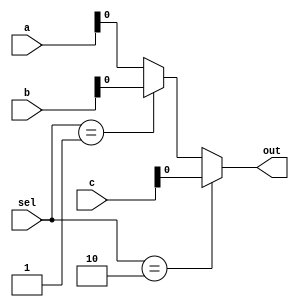
module MUX31 #(parameter width=32)(
    input[width-1:0] a,
    input [width-1:0] b,
    input [width-1:0] c,
    input [1:0] sel,
    output out
    );
    assign out=(sel == 2'b10) ? c : (sel == 2'b01) ? b : a;
endmodule